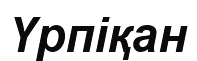
Үрпіқан